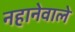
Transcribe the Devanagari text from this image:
नहानेवाले